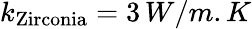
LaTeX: k_{\mathrm{Zirconia}}=3\, W/m.K